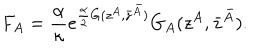
F _ { A } = \frac { \alpha } { \kappa } e ^ { \frac { \alpha } { 2 } G ( z ^ { A } , \bar { z } ^ { \bar { A } } ) } G _ { A } ( z ^ { A } , \bar { z } ^ { \bar { A } } ) .